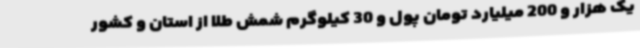
یک هزار و 200 میلیارد تومان پول و 30 کیلوگرم شمش طلا از استان و کشور